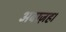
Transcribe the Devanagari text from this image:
अबाज़ह।